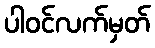
ပါဝင်လက်မှတ်